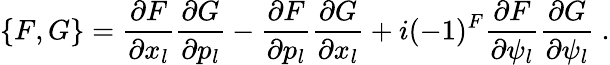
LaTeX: \{ F,G\} =\frac{\partial F}{\partial x_{l}}\frac{\partial G}{\partial p_{l}}-\frac{\partial F}{\partial p_{l}}\frac{\partial G}{\partial x_{l}}+i(-1)^{F}\frac{\partial F}{\partial\psi_{l}}\frac{\partial G}{\partial\psi_{l}}\ .